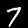
Digit: 7